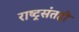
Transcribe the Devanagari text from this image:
राष्ट्रसंतही